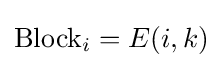
\mathrm {Block} _{i}=E(i,k)